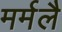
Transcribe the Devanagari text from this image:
मर्मलै